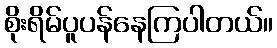
စိုးရိမ်ပူပန်နေကြပါတယ်။